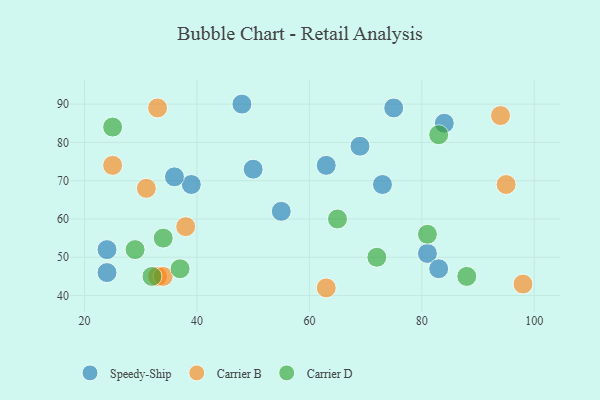
{"axis": {"x": "GDP", "y": "Life Expectancy"}, "legend": ["Carrier B", "Carrier D", "Speedy-Ship"], "data": [{"x": "24", "y": 46, "type": "Speedy-Ship"}, {"x": "48", "y": 90, "type": "Speedy-Ship"}, {"x": "69", "y": 79, "type": "Speedy-Ship"}, {"x": "75", "y": 89, "type": "Speedy-Ship"}, {"x": "55", "y": 62, "type": "Speedy-Ship"}, {"x": "84", "y": 85, "type": "Speedy-Ship"}, {"x": "63", "y": 74, "type": "Speedy-Ship"}, {"x": "39", "y": 69, "type": "Speedy-Ship"}, {"x": "73", "y": 69, "type": "Speedy-Ship"}, {"x": "24", "y": 52, "type": "Speedy-Ship"}, {"x": "81", "y": 51, "type": "Speedy-Ship"}, {"x": "50", "y": 73, "type": "Speedy-Ship"}, {"x": "36", "y": 71, "type": "Speedy-Ship"}, {"x": "83", "y": 47, "type": "Speedy-Ship"}, {"x": "33", "y": 45, "type": "Carrier B"}, {"x": "25", "y": 74, "type": "Carrier B"}, {"x": "31", "y": 68, "type": "Carrier B"}, {"x": "33", "y": 89, "type": "Carrier B"}, {"x": "34", "y": 45, "type": "Carrier B"}, {"x": "63", "y": 42, "type": "Carrier B"}, {"x": "94", "y": 87, "type": "Carrier B"}, {"x": "98", "y": 43, "type": "Carrier B"}, {"x": "95", "y": 69, "type": "Carrier B"}, {"x": "38", "y": 58, "type": "Carrier B"}, {"x": "25", "y": 84, "type": "Carrier D"}, {"x": "65", "y": 60, "type": "Carrier D"}, {"x": "83", "y": 82, "type": "Carrier D"}, {"x": "37", "y": 47, "type": "Carrier D"}, {"x": "29", "y": 52, "type": "Carrier D"}, {"x": "34", "y": 55, "type": "Carrier D"}, {"x": "81", "y": 56, "type": "Carrier D"}, {"x": "32", "y": 45, "type": "Carrier D"}, {"x": "88", "y": 45, "type": "Carrier D"}, {"x": "72", "y": 50, "type": "Carrier D"}]}